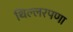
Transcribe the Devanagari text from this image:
थिल्लरपणा